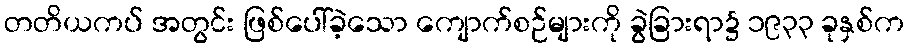
တတိယကပ် အတွင်း ဖြစ်ပေါ်ခဲ့သော ကျောက်စဉ်များကို ခွဲခြားရာ၌ ၁၉၃၃ ခုနှစ်က